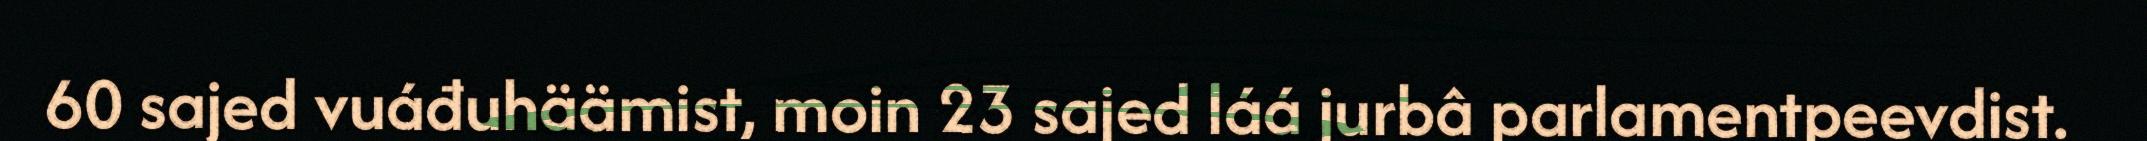
60 sajed vuáđuhäämist, moin 23 sajed láá jurbâ parlamentpeevdist.